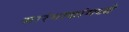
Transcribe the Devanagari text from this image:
सारंगाद्यांमध्ये